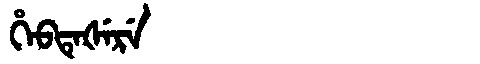
Manchu: ᡥᡝᠪᡨᡝᡧᡝᡵᡝ
Romanization: HEBTEŠERE